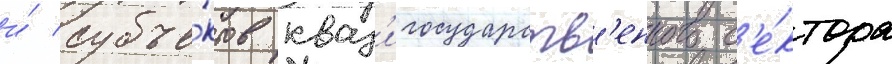
и́ субъе́ктов кваз'игосударств'енного с'е́ктора